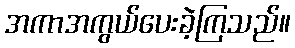
အကာအကွယ်ပေးခဲ့ကြသည်။